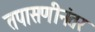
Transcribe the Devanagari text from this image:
तपासणीनंतर